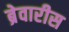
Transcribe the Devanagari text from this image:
ब्रेवारीस